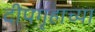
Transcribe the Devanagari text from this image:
दीपगृहाच्या